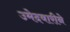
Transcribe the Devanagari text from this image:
उमेदवारीने